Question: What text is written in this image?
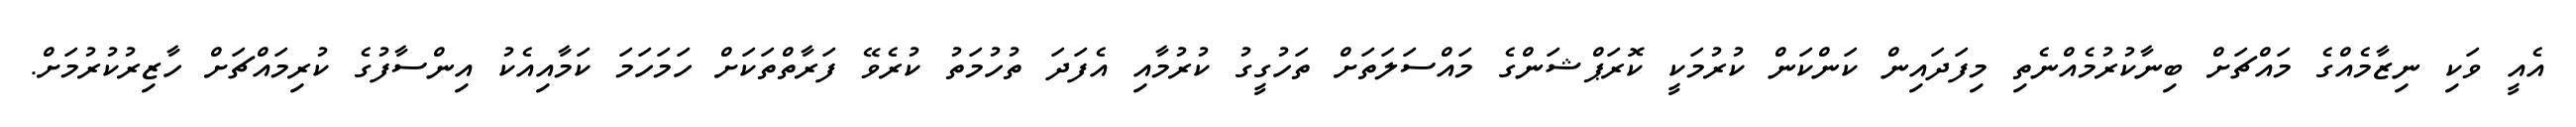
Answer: އެއީ ވަކި ނިޒާމެއްގެ މައްޗަށް ބިނާކުރުމެއްނެތި މިފަދައިން ކަންކަން ކުރުމަކީ ކޮރަޕްޝަންގެ މައްސަލަތަށް ތަހުގީގު ކުރުމާއި އެފަދަ ތުހުމަތު ކުރެވޭ ފަރާތްތަކަށް ހަމަހަމަ ކަމާއިއެކު އިންސާފުގެ ކުރިމައްޗަށް ހާޒިރުކުރުމަށް.